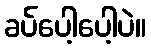
ခပ်ပေါ့ပေါ့ပဲ။